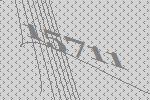
15711